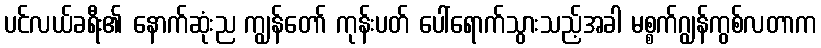
ပင်လယ်ခရီး၏ နောက်ဆုံးည ကျွန်တော် ကုန်းပတ် ပေါ်ရောက်သွားသည့်အခါ မစ္စက်ဂျွန်ကွစ်လတာက